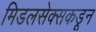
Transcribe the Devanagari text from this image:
मिडलसेक्सकडून